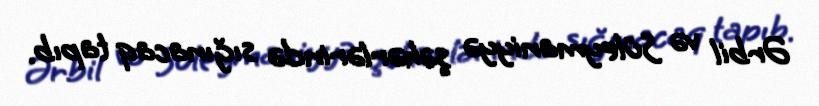
Ərbil və Süleymaniyyə şəhərlərində sığınacaq tapıb.